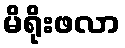
မိရိုးဖလာ